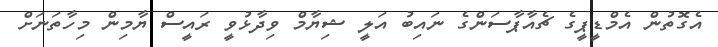
އެގޮތުން އެމްޑީޕީގެ ޗެއާޕާސަންގެ ނައިބު އަލީ ޝިޔާމް ވިދާޅުވީ ރައީސް ޔާމިން މިހާތަނަށް